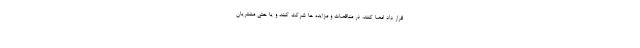
قرار داد امضا کنند، در مناقصات و مزایده ها شرکت کنند و یا حتی مشتریان